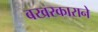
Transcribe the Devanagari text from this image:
बखरकाराने